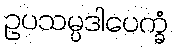
ဥပသမ္ပဒါပေက္ခံ